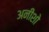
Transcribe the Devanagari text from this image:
अनीशो